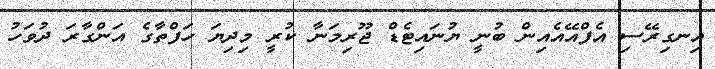
އިނގިރޭސި އެފްއޭއެއިން ބުނީ ޔުނައިޓެޑް ޖޫރިމަނާ ކުރީ މިދިޔަ ހަފްތާގެ އަންގާރަ ދުވަހު